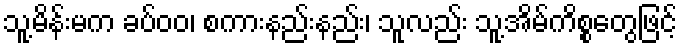
သူ့မိန်းမက ခပ်ဝဝ၊ စကားနည်းနည်း၊ သူလည်း သူ့အိမ်ကိစ္စတွေဖြင့်